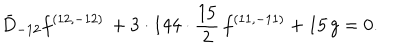
{ \bar { D } _ { - 1 2 } f ^ { ( 1 2 , - 1 2 ) } \, + 3 \cdot 1 4 4 \cdot { \frac { 1 5 } { 2 } } \, f ^ { ( 1 1 , - 1 1 ) } + 1 5 \, g = 0 . }